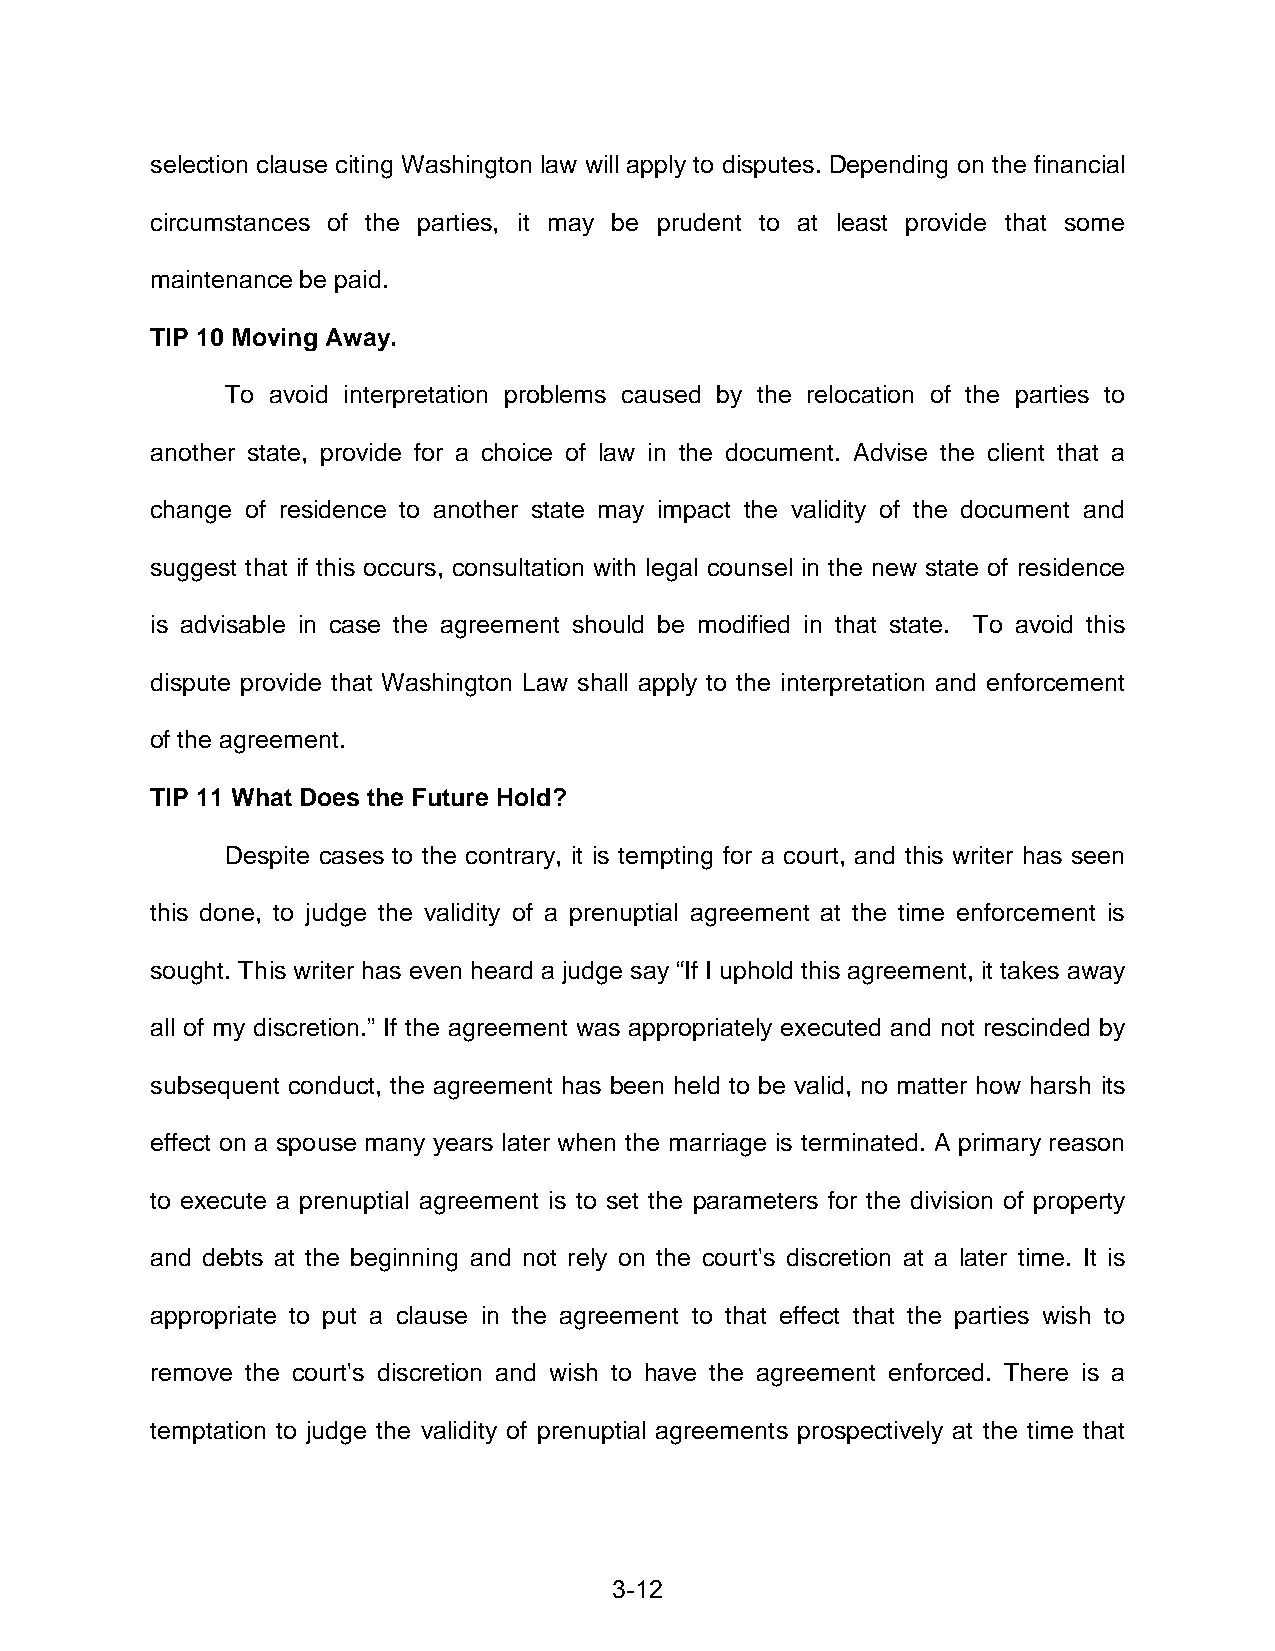
selection clause citing Washington law will apply to disputes. Depending on the financial
 circumstances of the parties, it may be prudent to at least provide that some
 maintenance be paid.
 TIP 10 Moving Away.
 To avoid interpretation problems caused by the relocation of the parties to
 another state, provide for a choice of law in the document. Advise the client that a
 change of residence to another state may impact the validity of the document and
 suggest that if this occurs, consultation with legal counsel in the new state of residence
 is advisable in case the agreement should be modified in that state. To avoid this
 dispute provide that Washington Law shall apply to the interpretation and enforcement
 of the agreement.
 TIP 11 What Does the Future Hold?
 Despite cases to the contrary, it is tempting for a court, and this writer has seen
 this done, to judge the validity of a prenuptial agreement at the time enforcement is
 sought. This writer has even heard a judge say “If I uphold this agreement, it takes away
 all of my discretion.” If the agreement was appropriately executed and not rescinded by
 subsequent conduct, the agreement has been held to be valid, no matter how harsh its
 effect on a spouse many years later when the marriage is terminated. A primary reason
 to execute a prenuptial agreement is to set the parameters for the division of property
 and debts at the beginning and not rely on the court's discretion at a later time. It is
 appropriate to put a clause in the agreement to that effect that the parties wish to
 remove the court's discretion and wish to have the agreement enforced. There is a
 temptation to judge the validity of prenuptial agreements prospectively at the time that
 3-12